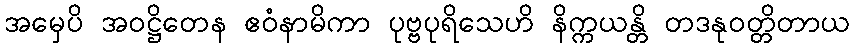
အမှေပိ အဝဋ္ဌိတေန ဧဝံနာမိကာ ပုဗ္ဗပုရိသေဟိ နိက္ကယန္တိ တဒနုဝတ္တိတာယ